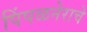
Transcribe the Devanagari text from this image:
पिंपळनेराचे